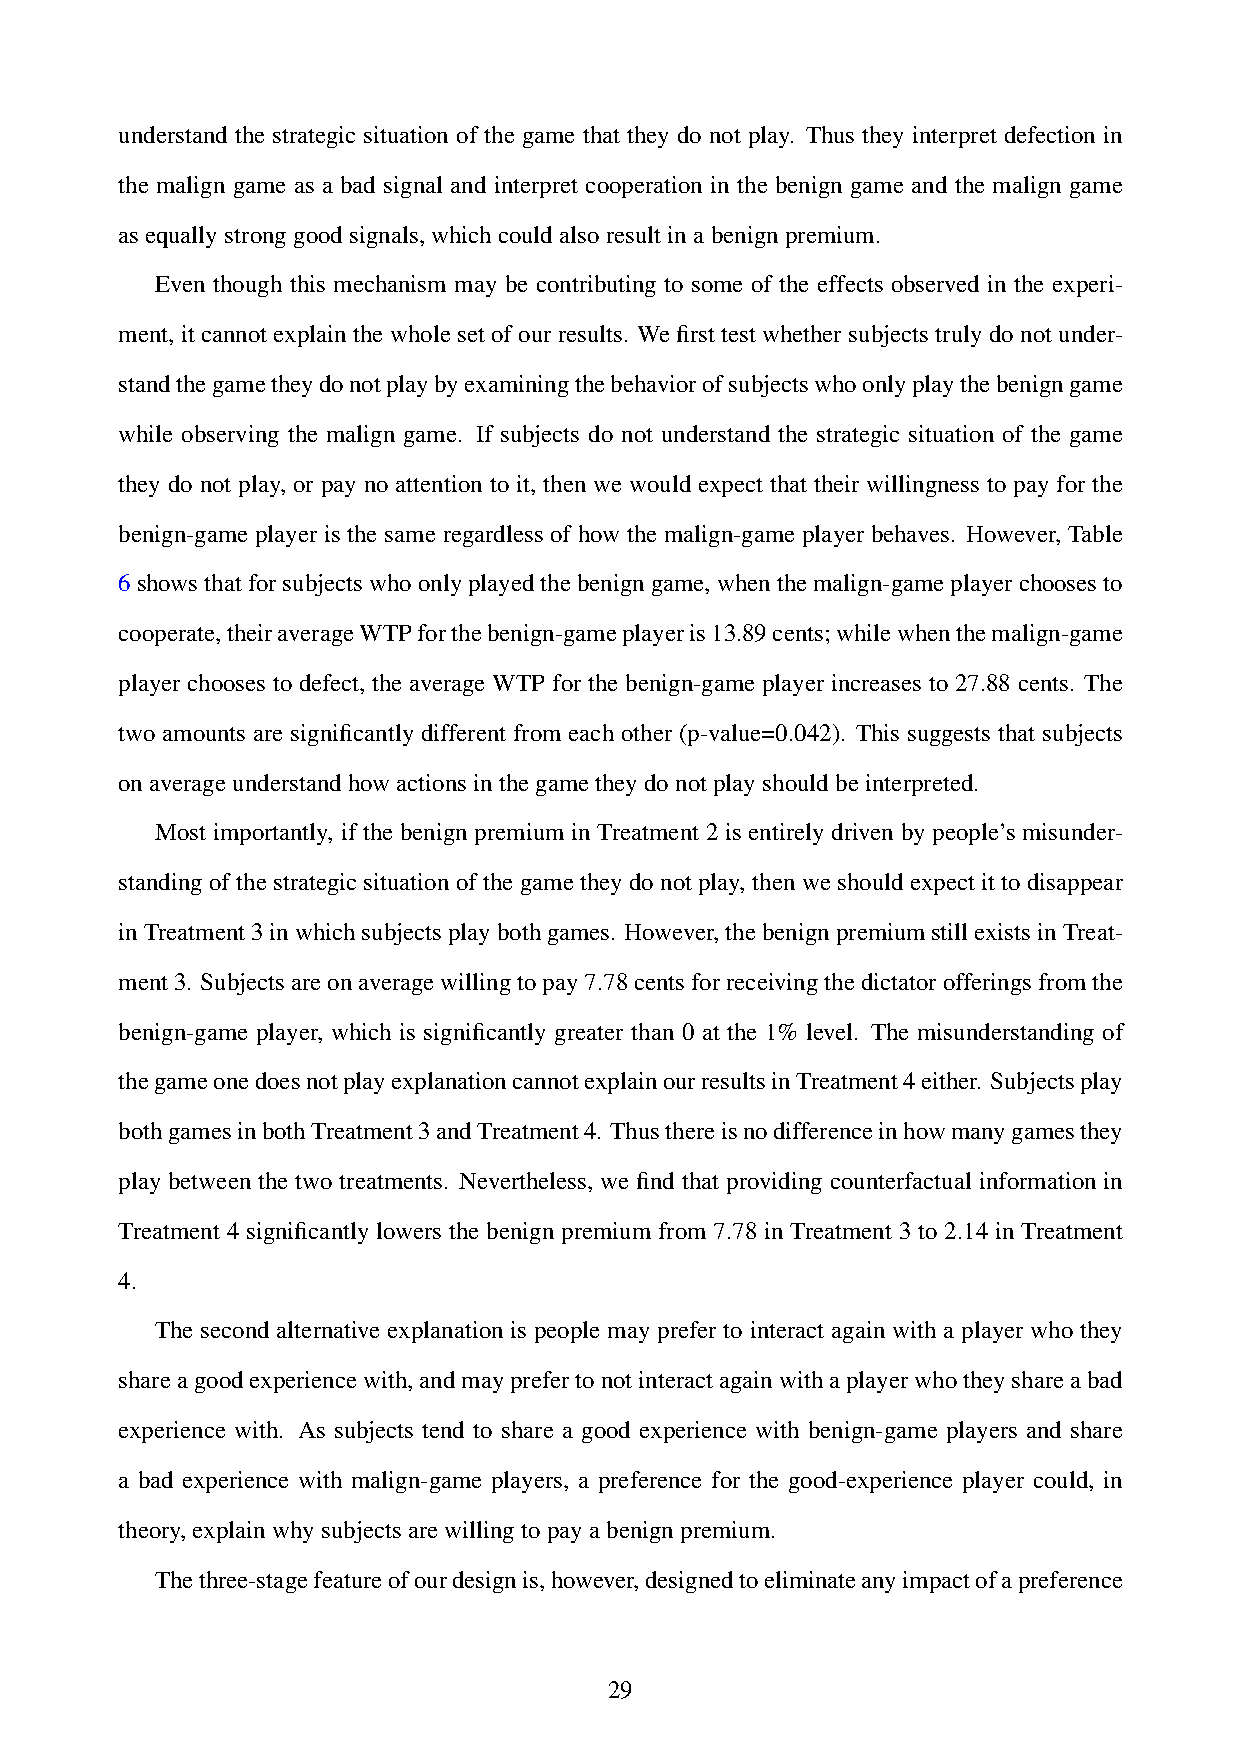
understand the strategic situation of the game that they do not play. Thus they interpret defection in
 the malign game as a bad signal and interpret cooperation in the benign game and the malign game
 asequallystronggoodsignals,whichcouldalsoresultinabenignpremium.
 Even though this mechanism may be contributing to some of the effects observed in the experi-
 ment, it cannot explain the whole set of our results. We first test whether subjects truly do not under-
 standthegametheydonotplaybyexaminingthebehaviorofsubjectswhoonlyplaythebenigngame
 while observing the malign game. If subjects do not understand the strategic situation of the game
 they do not play, or pay no attention to it, then we would expect that their willingness to pay for the
 benign-game player is the same regardless of how the malign-game player behaves. However, Table
 6showsthatforsubjectswhoonlyplayedthebenigngame,whenthemalign-gameplayerchoosesto
 cooperate,theiraverageWTPforthebenign-gameplayeris13.89cents;whilewhenthemalign-game
 player chooses to defect, the average WTP for the benign-game player increases to 27.88 cents. The
 two amounts are significantly different from each other (p-value=0.042). This suggests that subjects
 onaverageunderstandhowactionsinthegametheydonotplayshouldbeinterpreted.
 Most importantly, if the benign premium in Treatment 2 is entirely driven by people’s misunder-
 standing of the strategic situation of the game they do not play, then we should expect it to disappear
 inTreatment3inwhichsubjectsplaybothgames. However,thebenignpremiumstillexistsinTreat-
 ment3. Subjectsareonaveragewillingtopay7.78centsforreceivingthedictatorofferingsfromthe
 benign-game player, which is significantly greater than 0 at the 1% level. The misunderstanding of
 thegameonedoesnotplayexplanationcannotexplainourresultsinTreatment4either. Subjectsplay
 bothgamesinbothTreatment3andTreatment4. Thusthereisnodifferenceinhowmanygamesthey
 play between the two treatments. Nevertheless, we find that providing counterfactual information in
 Treatment 4 significantly lowers the benign premium from 7.78 in Treatment 3 to 2.14 in Treatment
 4.
 The second alternative explanation is people may prefer to interact again with a player who they
 shareagoodexperiencewith,andmayprefertonotinteractagainwithaplayerwhotheyshareabad
 experience with. As subjects tend to share a good experience with benign-game players and share
 a bad experience with malign-game players, a preference for the good-experience player could, in
 theory,explainwhysubjectsarewillingtopayabenignpremium.
 Thethree-stagefeatureofourdesignis,however,designedtoeliminateanyimpactofapreference
 29